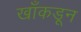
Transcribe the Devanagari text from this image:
खाँकडून